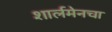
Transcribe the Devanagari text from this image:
शार्लमेनचा